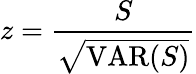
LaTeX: z={\frac{S}{\sqrt{\operatorname{VAR}(S)}}}